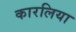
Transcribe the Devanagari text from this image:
कारलिया